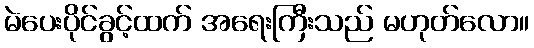
မဲပေးပိုင်ခွင့်ထက် အရေးကြီးသည် မဟုတ်လော။